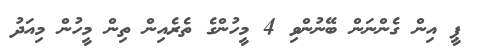
ޕީ އިން ގެންނަން ބޭނުންވި 4 މީހުންގެ ތެރެއިން ތިން މީހުން މިއަދު